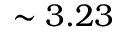
\sim 3 . 2 3